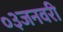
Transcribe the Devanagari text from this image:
०३जनवरी